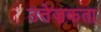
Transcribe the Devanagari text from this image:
उत्तेज़कता